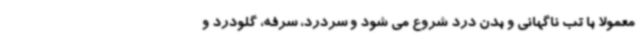
معمولا با تب ناگهانی و بدن درد شروع می شود و سردرد، سرفه، گلودرد و